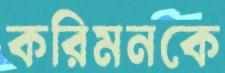
করিমনকে